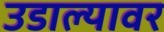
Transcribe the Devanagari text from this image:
उडाल्यावर